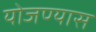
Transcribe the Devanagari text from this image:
योजण्यास